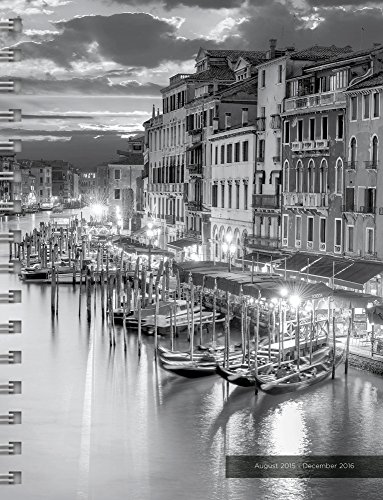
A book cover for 2016 Around the World 17 Month Spiral Planner; TF Publishing; Travel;